Vital statistics of India. Vol. IV, Annual returns from 1871 to 1876. British Army of India, Native Army and jails of Bengal
Year: 1871
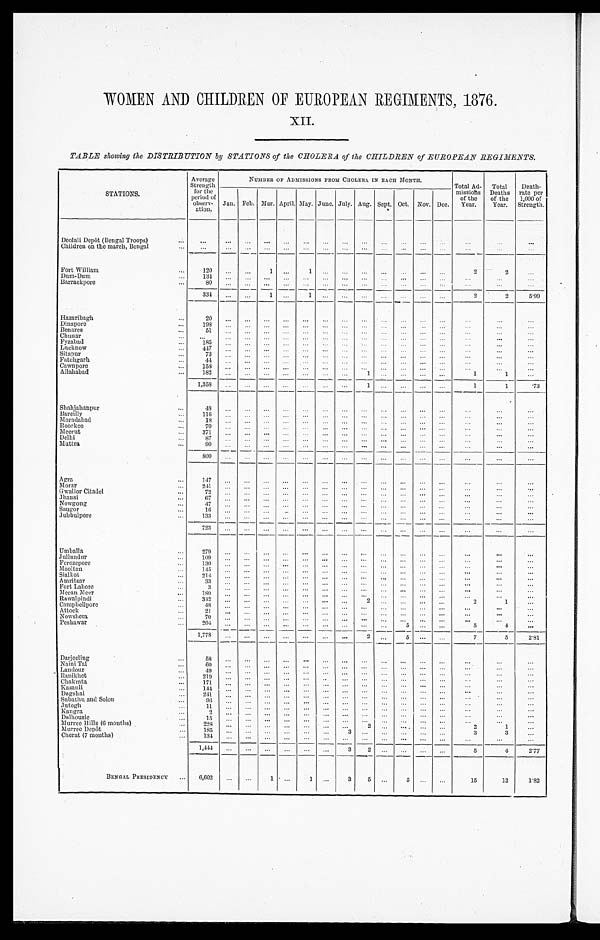
WOMEN AND CHILDREN OF EUROPEAN REGIMENTS, 1876.
XII.
TABLE showing the DISTRIBUTION by STATIONS of the CHOLERA of the CHILDREN of EUROPEAN REGIMENTS.
STATIONS.
Average
Strength for the
period of
observ- ation.
NUMBER OF ADMISSIONS FROM CHOLERA. IN EACH MONTH.
Total Ad-
missions of the
Year.
Total
Deaths of the
Year.
Death-
rate per
1,000 of
Strength.
Jan. Feb. Mar. April. May. June. July. Aug. Sept. Oct. Nov. Dec.
Deolali Depôt (Bengal Troops)
Children on the march, Bengal
Fort William
120
1
1
2
2
Dum-Dum
134
Barrackpore
80
334
1
1
2
2
5 . 9 9
Hazaribagh
20
Dinapore
198
Benares
51
Chunar Fyzabad
185
Lncknow
447
Sitapur
73
Fatehgarh
44
Cawnpore
158
Allahabad
1 8 2
1
1
1
1,358
1
1
1
.73
Shahjahanpur
48
Bareilly
116
Moradabad
1 8
Roorkee
70
Meerut
371
Delhi
8 7
Muttra
90
800
Agra
1 4 7
Morar
241
Gwalior Citadel
72
Jhansi
67
Nowgong
47
Saugor
16
Jubbulpore
133
723
Umballa
279
Jullundur
109
Ferozepore
130
M o o l t a n
1 4 5
Sialkot
214
Amritsar
33
Fort Lahore
3
Meean Meer 180
Rawalpindi
342
2
2
1
Campbellpore
4 8
Attock
21
Nowshera
7 0
Peshawar
204
5
5
4
1, 77 8
2
5
7
5
2 . 8 1
Darjeeling
58
N a i n i T a l 60
Landour
4 9
R a n i k h e t
2 1 9
Chakrata
1 7 1
Kasauli
1 4 4
Dagshai
241
Subathu and Solon
9 6
Jutogh
11
K a n g r a
2
Dalhousie
1 5
Murree Hills (6 months)
2 2 8
2
2
1
Murree D e p ô t
185
3
3
3
Cherat (7 months)
134
1,444
3 2
5
4
2 . 7 7
BENGAL PRESIDENCY
6,602
1
1
3 5
5
15
12 1.82